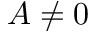
A \neq 0